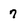
Character: 7